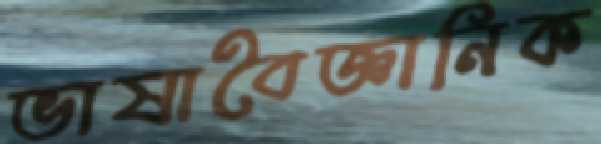
ভাষাবৈজ্ঞানিক